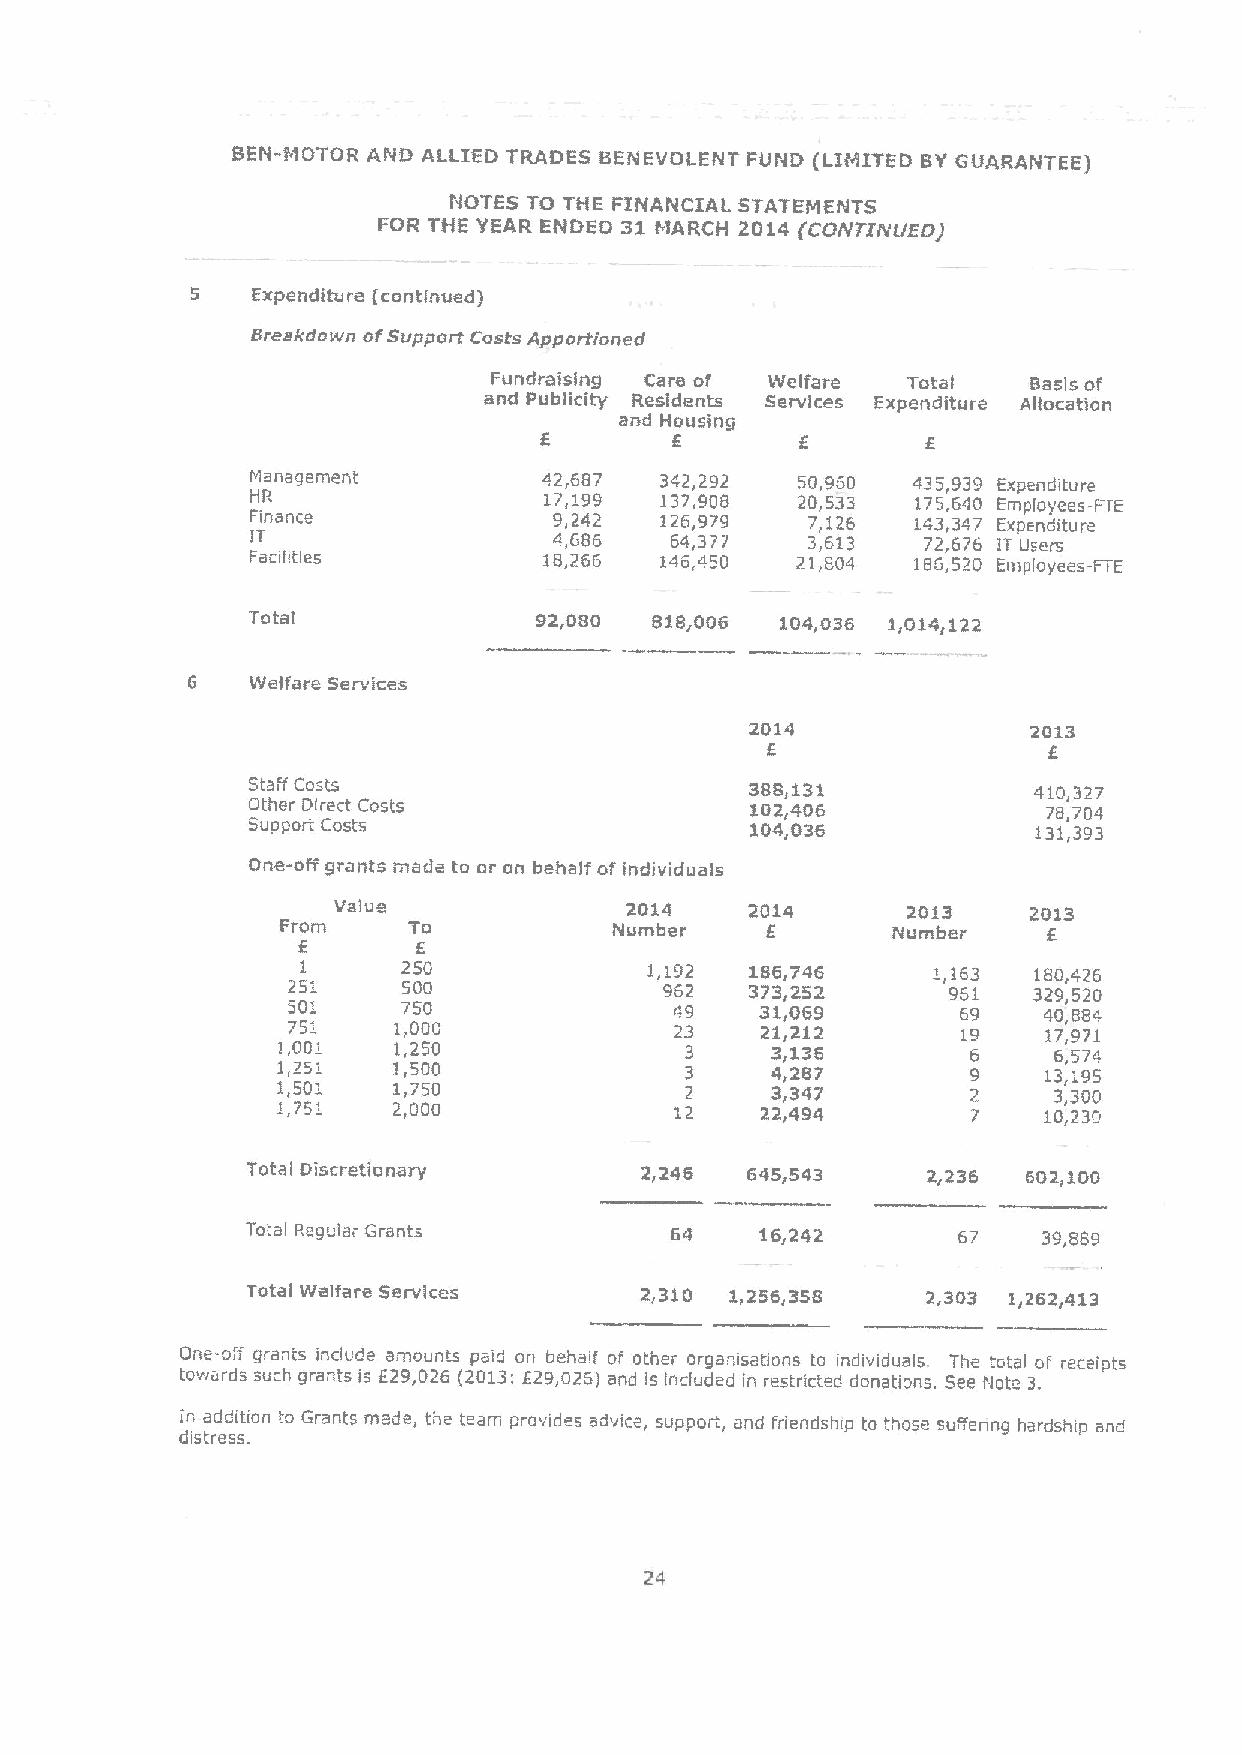
BEN-MOTOR AND ALLIED TRADES BENEVOLENT FUND {LIMITEDBYGUARANTEE)
 NOTES TO THE FINANCIAL STATEMENTS
 FOR THE YEAR ENDED 31 I'!ARCH 2014 (COIVTIIIIIE'I7)
 Expenditure (continued)
 Breakdown ofSupport Costs Apportioned
 Fundraislng Care of Welfare Total   Basis of
 and Publicity Residents Services Expenditure Allocation
 and Housing
 6
 llanagement        42,687  342,292  50,960 435,939 Expenditure
 HR                 17,199  137,906  20,533  175,640 Employees-FIE
 Finance             9,242  126,979   7,126  143,347 Expenditure
 IT                  4,686  64,377   3,613   72,676 IT Users
 Faohties           18,266  146,450  21,804 186520 Employees-FTE
 Total              92,080  818,006  104036 1~014r122
 6    Welfare Services
 2014              2013
 6
 Staff Costs                       388,131           410,327
 Other Direct Costs                102,406            78,704
 Support Costs                     104,036            131,393
 One-off grants made to or on behalf of individuals
 Value              2014               2013    2013
 From    To            Number            Number    6
 6       F.
 1      250             1,192  186,746     1,163 180,426
 25'     500              962   373,252      961  329,520
 5 70 51 ' 17 ,05 00 0     4 29 3 3 21 1,,0 26 19 2 6 19 9 4 10 7, ,98 784 1
 1,001   1,250              3     3,136        6     6,574
 1,251   1,500              3     4,287        9    13,195
 1,501   1,750              2     3,347        2     3,300
 1,751   2,000              12   22,494        7    10,230
 Total Discretionary       2,246  645,543     2s236  602&100
 To:al Peguiar Grants        64    16,242       67    39 889
 Total Welfare 5ervlces    2,310 1,256,358    2,303 1,262,413
 One-og grants include amounts paid on behalf of other organisations to individuals. The total of receipts
 torvards such grants is E29,026 (2013;f29,026) and is included in restricted donations. See I'late 3.
 in addition to Grants roads, the team provides adfnce, support, and friendshtp to tnose suifenng hardship and
 distress.
 24